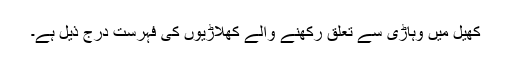
کھیل میں وہاڑی سے تعلق رکھنے والے کھلاڑیوں کی فہرست درج ذیل ہے۔